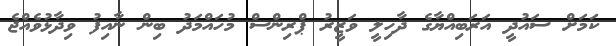
ކަމަށް ސައުދީ އަރަބިއްޔާގެ ދާހިލީ ވަޒީރު ޕްރިންސް މުހައްމަދު ބިން ނާއިފު ވިދާޅުވެއްޖެ